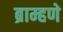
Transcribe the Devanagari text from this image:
ब्राम्हणे